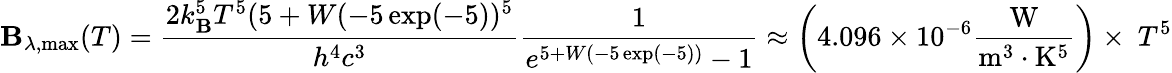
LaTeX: \mathbf{B}_{\lambda,{\mathrm{{max}}}}(T)={\frac{{2k_{\mathrm{{\mathbf{B}}}}^{5}T^{5}(5+W(-5\exp(-5))^{5}}}{{h^{4}c^{3}}}}{\frac{{1}}{{e^{5+W(-5\exp(-5))}-1}}}\approx\left(4.096\times10^{-6}{\frac{{\mathrm{{W}}}}{{{\mathrm{{m}}}^{3}\cdot{\mathrm{{K}}}^{5}}}}\right)\times~T^{5}